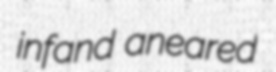
infand aneared